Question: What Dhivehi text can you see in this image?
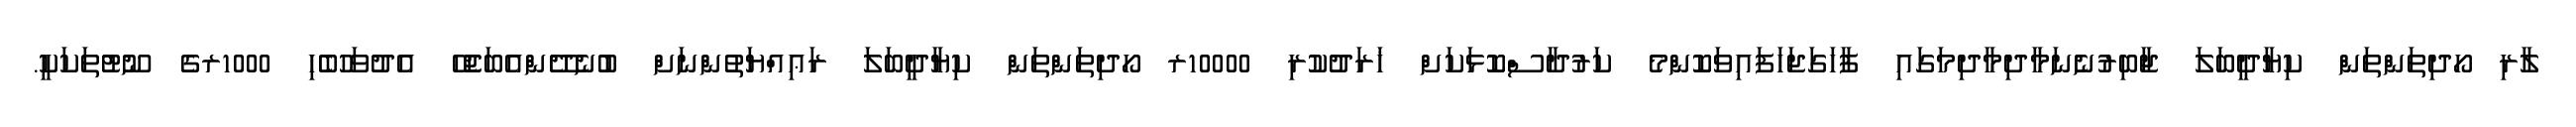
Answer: ލާރި ހޯދިތަންތަން ކިޔާދީބަލަ ޖާބިރުނެނަމާދިމާދިމަގައި ފާހަގަޖަހަފައިވަކޮންމެ ކަރުދާސްކޮޅަކަށް ޚަރަދުކުރި 10000ރ ހޯދިތަންތަން ކިޔާދީބަލަ ރަޢިއްޔަތުންނަށް ބުނެދޭންއެބަޖެހޭ އެދުވަހުބެހި 1000ރގެ ނޫޓުތަކަކީ.